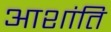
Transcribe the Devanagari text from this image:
आशांति